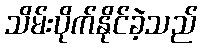
သိမ်းပိုက်နိုင်ခဲ့သည်